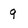
Character: 9